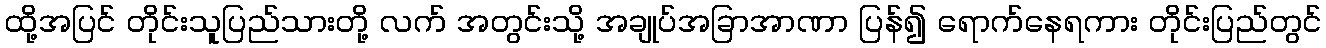
ထို့အပြင် တိုင်းသူပြည်သားတို့ လက် အတွင်းသို့ အချုပ်အခြာအာဏာ ပြန်၍ ရောက်နေရကား တိုင်းပြည်တွင်